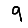
Digit: 9